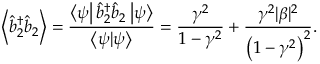
\left\langle \hat { b } _ { 2 } ^ { \dagger } \hat { b } _ { 2 } \right\rangle = \frac { \left\langle \psi \right\vert \hat { b } _ { 2 } ^ { \dagger } \hat { b } _ { 2 } \left\vert \psi \right\rangle } { \left\langle \psi | \psi \right\rangle } = \frac { \gamma ^ { 2 } } { 1 - \gamma ^ { 2 } } + \frac { \gamma ^ { 2 } | \beta | ^ { 2 } } { \left( 1 - \gamma ^ { 2 } \right) ^ { 2 } } .